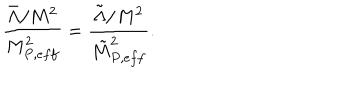
\frac { \bar { \Lambda } / M ^ { 2 } } { M _ { P , e f f } ^ { 2 } } = \frac { \tilde { \Lambda } / M ^ { 2 } } { \tilde { M } _ { P , e f f } ^ { 2 } } .